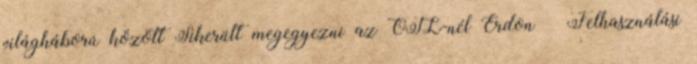
világháború között Sikerült megegyezni az OTL-nél Erdon – Felhasználási